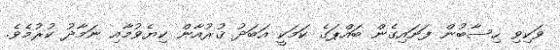
ވަކިވި ހިސާބުން ފަށައިގެން ބައްޕަގެ ކަމަކީ އަބަދު ޤުރުއާން ކިޔެވުމާއި ނަމާދު ކުރުމެވެ.